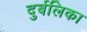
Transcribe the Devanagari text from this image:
दुर्बलिका